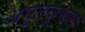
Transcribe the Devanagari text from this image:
अमृतकुंभाला